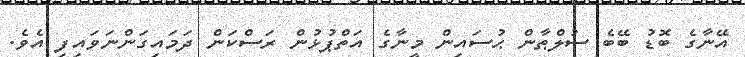
އޭނާގެ ބޮޑު ބޭބެ ސުލްޠާން ޙުސައިން މީނާގެ އަތްޕުޅުން ރަސްކަން ދަމައިގަންނަވައިފި އެވެ.